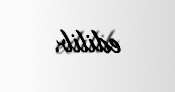
edilib.